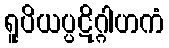
ရူပိယပ္ပဋိဂ္ဂါဟကံ